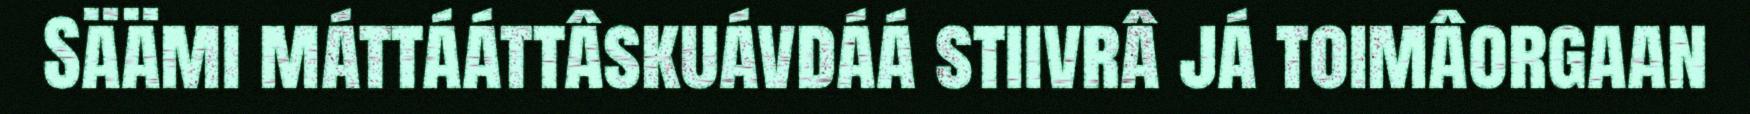
Säämi máttááttâskuávdáá stiivrâ já toimâorgaan